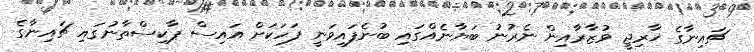
ޗައިނާގެ ޚާރިޖީ ވުޒާރާއިން ނެރުނު ބަޔާނެއްގައި ބުނެފައިވަނީ ފަހަކަށް އައިސް ޕާކިސްތާނުގައި ޗައިނާގެ